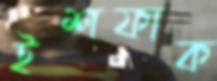
ইশফাক